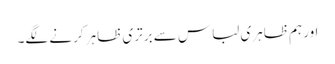
اور ہم ظاہری لباس سے برتری ظاہر کرنے لگے۔